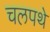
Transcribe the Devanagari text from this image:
चलपथे